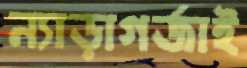
ন্যাড়াগর্জাই